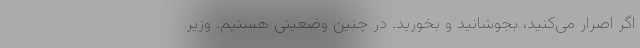
اگر اصرار می‌کنید، بجوشانید و بخورید. در چنین وضعیتی هستیم. وزیر